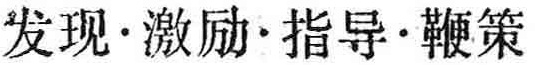
发现\cdot 激励\cdot 指导\cdot 鞭策